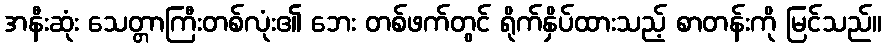
အနီးဆုံး သေတ္တာကြီးတစ်လုံး၏ ဘေး တစ်ဖက်တွင် ရိုက်နှိပ်ထားသည့် စာတန်းကို မြင်သည်။